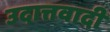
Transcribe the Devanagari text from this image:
उदात्तवादी